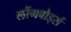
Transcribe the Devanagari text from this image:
लौंगबोर्ड्स